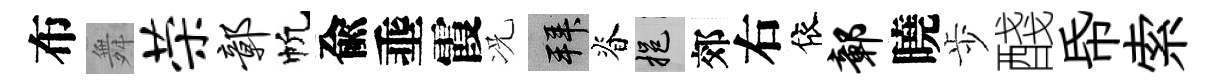
布舞荣鄣帆兪埀霞况拜脊挹郊右依鄣曉歩醆帋索